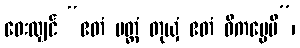
ဝေးလျှင် “ဧတံ ပတ္တံ တုယှံ ဧတံ ဝိကပ္ပေမိ”၊